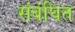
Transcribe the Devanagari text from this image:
संबंघित